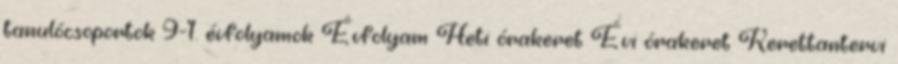
tanulócsoportok 9-1. évfolyamok Évfolyam Heti órakeret Évi órakeret Kerettantervi